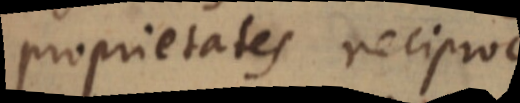
proprietates reciproc